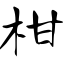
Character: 柑